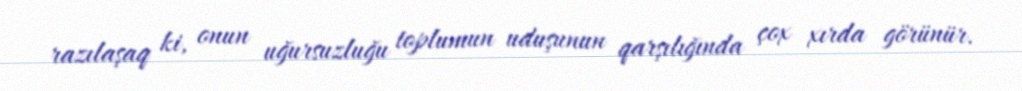
razılaşaq ki, onun uğursuzluğu toplumun uduşunun qarşılığında çox xırda görünür.